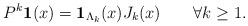
LaTeX: \begin{align*}P^k{\bf 1}(x)={\bf 1}_{\Lambda_k}(x)J_k(x) \qquad\forall k\geq 1.\end{align*}